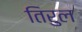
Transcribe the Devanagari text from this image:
तिरुल